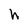
Character: h